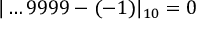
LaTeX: | \dots 9 9 9 9 - ( - 1 ) | _ { 1 0 } = 0